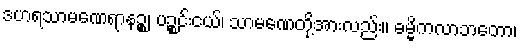
ဒဟရသာမဏေရာနဉ္စ၊ ပဉ္စင်းငယ်၊ သာမဏေတို့အားလည်း။ ဓမ္မိကလာဘတော၊